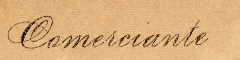
Comeiciante